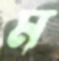
ম